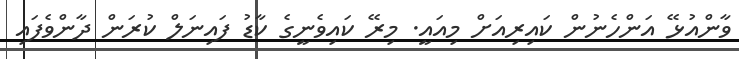
ވާންއުޅޭ އަންހެނުން ކައިރިއަށް މިއައީ. މިރޭ ކައިވެނީގެ ކާޑު ފައިނަލް ކުރަން ދާންވެފައި